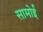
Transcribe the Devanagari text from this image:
सामोई